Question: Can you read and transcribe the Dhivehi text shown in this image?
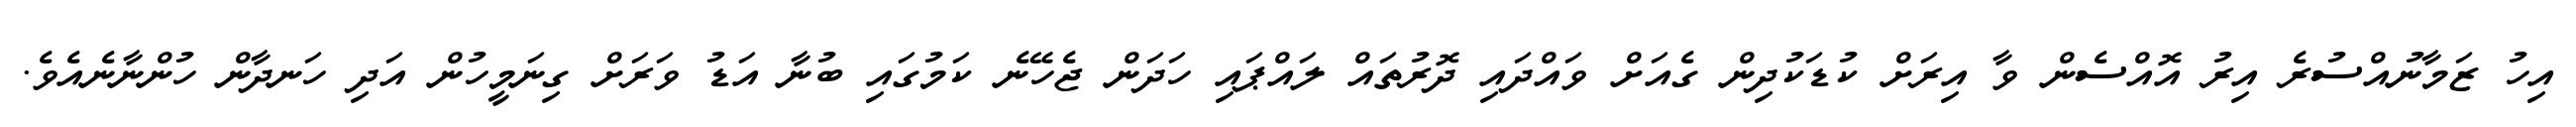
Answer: އިހު ޒަމާނުއްސުރެ އިރު އޮއްސެން ވާ އިރަށް ކުޑަކުދިން ގެއަށް ވައްދައި ދޮރުތައް ލައްޕައި ހަދަން ޖެހޭނެ ކަމުގައި ބުނާ އަޑު ވަރަށް ގިނަމީހުން އަދި ހަނދާން ހުންނާނެއެވެ.